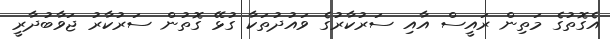
އެގޮތުގެ މަތިން ރައީސް އާއި ސަރުކާރުގެ ވައުދުތަކާ ގުޅޭ ގޮތުން ސަރުކާރު ޖަވާބުދާރީ